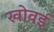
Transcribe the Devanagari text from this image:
खोवई